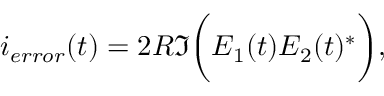
i _ { e r r o r } ( t ) = 2 R \Im \biggl ( E _ { 1 } ( t ) E _ { 2 } ( t ) ^ { * } \biggl ) ,